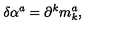
\delta \alpha ^ { a } = \partial ^ { k } m _ { k } ^ { a } ,